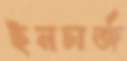
ইনচার্জ